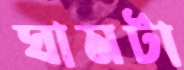
ঘামটা